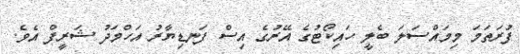
ފުރަތަމަ މިމައްސަލަ ބެލީ ހައިކޯޓުގެ އޭރުގެ އިސް ފަނޑިޔާރު އަހްމަދު ޝަރީފް އެވެ.